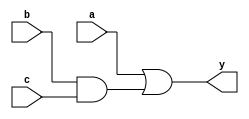
module a_bc_module(y,a,b,c);
input a,b,c;
output y;

assign y= a | ( b & c ) ;































endmodule